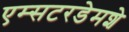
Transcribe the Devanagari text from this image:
एम्सटरडेमशे